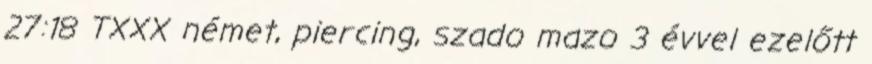
27:18 TXXX német, piercing, szado mazo 3 évvel ezelőtt